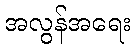
အလွန်အရေး